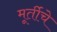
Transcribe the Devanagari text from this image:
मूर्तीचेे